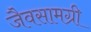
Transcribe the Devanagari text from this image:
जैवसामग्री